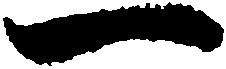
一